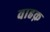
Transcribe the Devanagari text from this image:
वाहक़